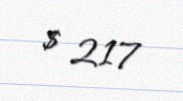
$ 217